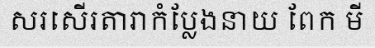
សរសើរតារាកំប្លែងនាយ ពែក មី